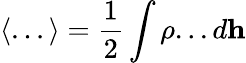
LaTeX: \langle...\rangle=\frac{1}{2}\int\rho...d\textbf{h}